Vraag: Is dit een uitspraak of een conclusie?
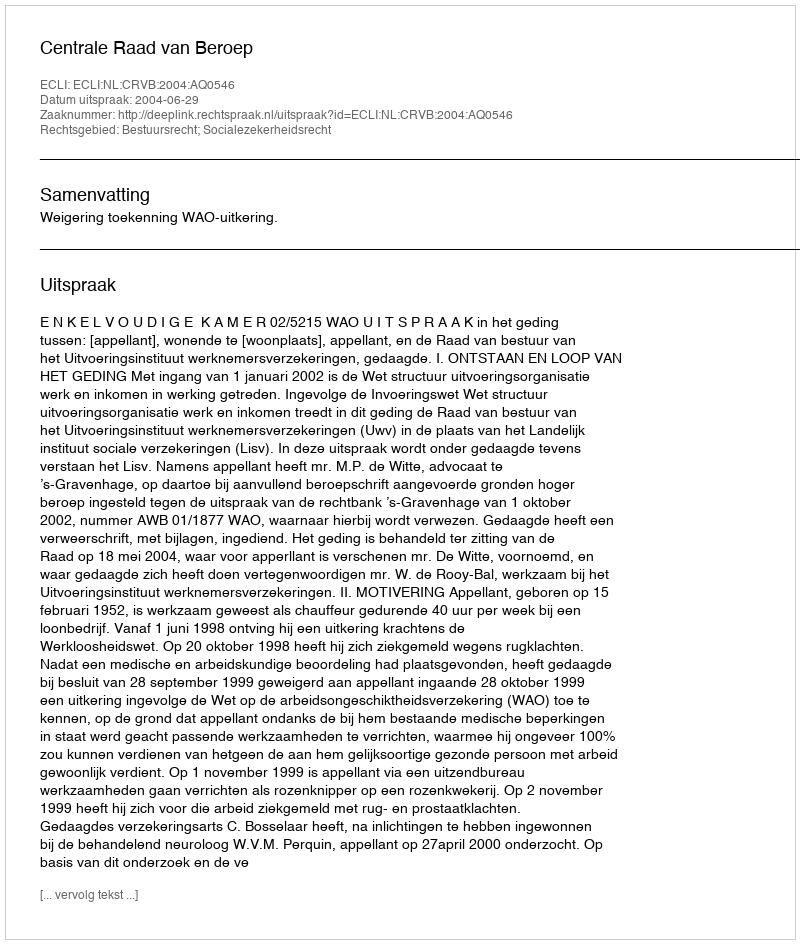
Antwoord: Uitspraak